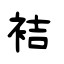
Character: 袺